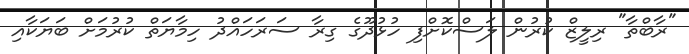
"ރާބްތާ" ރިލީޒް ކުރުން ލަސްކޮށްފި ހުޅުދޫގެ ގިރާ ސަރަހައްދު ހިމާޔަތް ކުރުމަށް ބަޔަކާއި